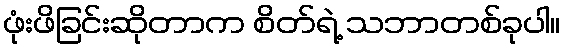
ဖုံးဖိခြင်းဆိုတာက စိတ်ရဲ့ သဘာတစ်ခုပါ။